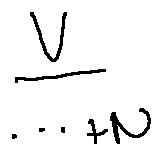
\frac { V } { \cdots + N }